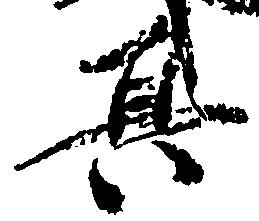
其